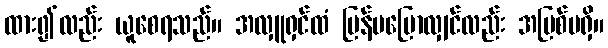
ထား၍လည်း ယူစေရသည်။ အလှူရှင်ထံ ပြန်မပြောလျှင်လည်း အပြစ်မရှိ။